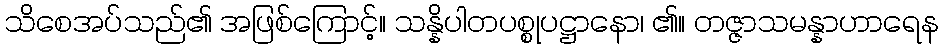
သိစေအပ်သည်၏ အဖြစ်ကြောင့်။ သန္နိပါတပစ္စုပဋ္ဌာနော၊ ၏။ တဇ္ဇာသမန္နာဟာရေန